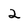
Character: 2